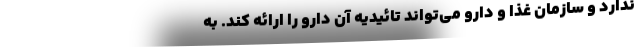
ندارد و سازمان غذا و دارو می‌تواند تائیدیه آن دارو را ارائه کند. به